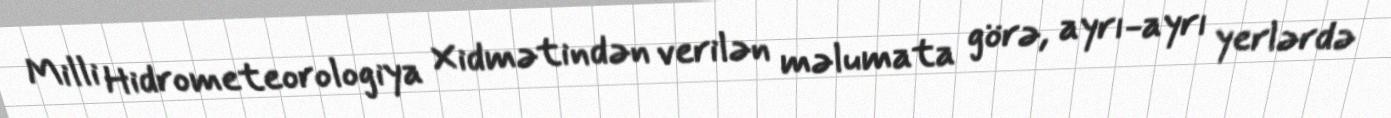
Milli Hidrometeorologiya Xidmətindən verilən məlumata görə, ayrı-ayrı yerlərdə